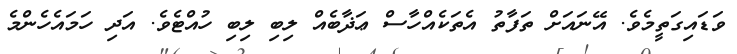
ވަޑައިގަތީމެވެ. އޭނައަށް ތަފާތު އެތަކެއްހާސް ޢަޛާބެއް ލިބި ލިބި ހުއްޓެވެ. އަދި ހަމައެހެންމެ